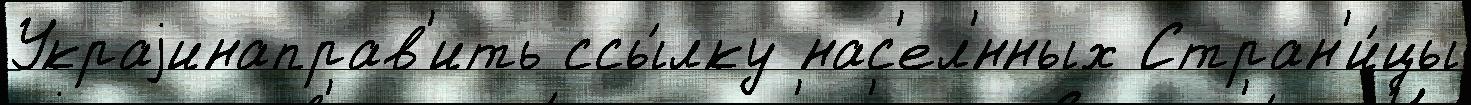
Украjинаправ'ить ссы́лку нас'ел'́нных Стран'и́цы